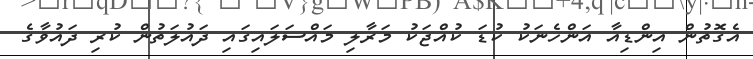
އެގޮތުން އިންޑިއާ އަންހެނަކު ކުޑަ ކުއްޖަކު މަރާލި މައްސަލައިގައި ދައުލަތުން ކުރި ދައުވާގެ